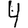
Digit: 4